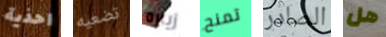
احذية تضعيه زياره تمنح الصادر هل